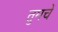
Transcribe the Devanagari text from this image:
तुमचें